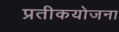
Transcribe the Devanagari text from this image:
प्रतीकयोजना